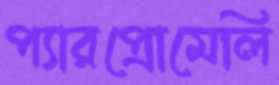
প্যারপ্রোমেলি